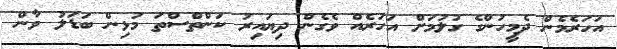
އަހަރެމެން ދެމީހުންގެ ގުލުމަށް އަހަރެއް ވެގެން ދިޔައިރު ކަންތްސްތަ މުޅިން ބަޑަލު ވާން